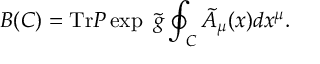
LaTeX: B ( C ) = \mathrm { T r } P \exp \ \tilde { g } \oint _ { C } \tilde { A } _ { \mu } ( x ) d x ^ { \mu } .